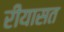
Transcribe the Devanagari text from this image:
रीयासत